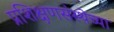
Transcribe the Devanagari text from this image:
प्रशिक्षणसंस्थेच्या